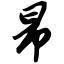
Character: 昂